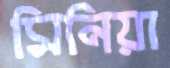
মিনিয়া